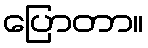
ပြောတာ။